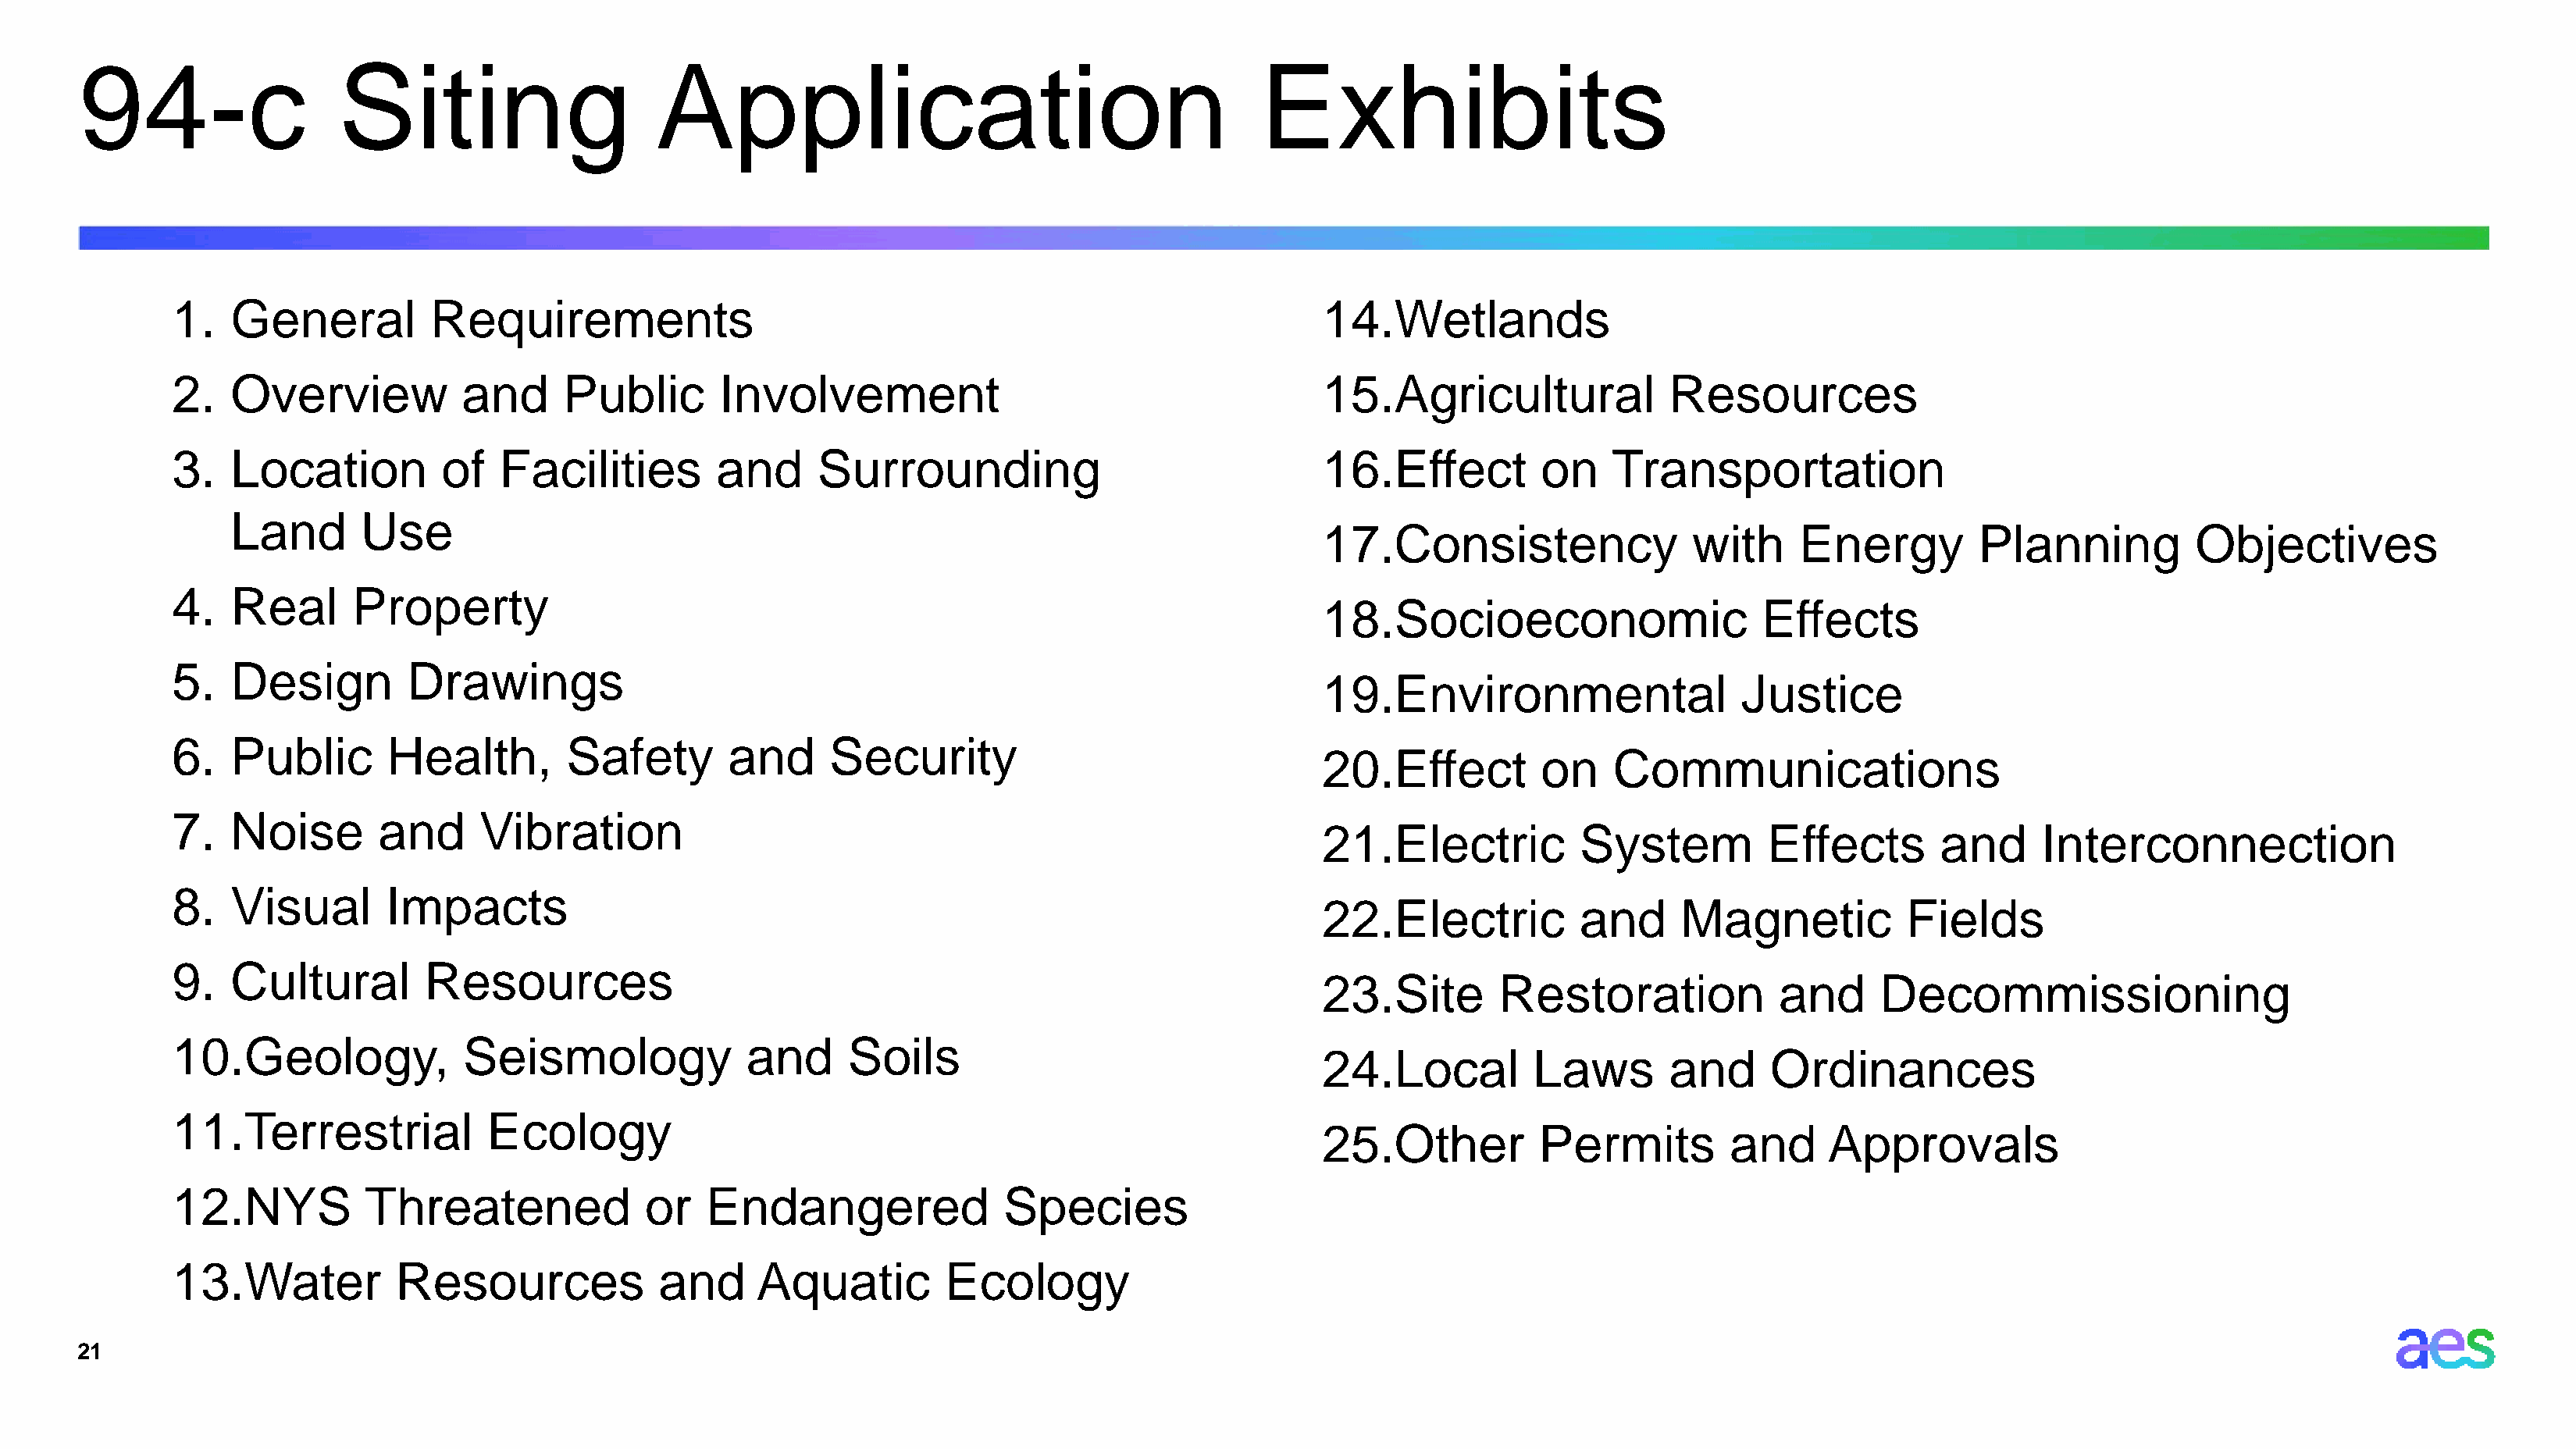
94-c                  Siting                     Application                                        Exhibits
 1.   General         Requirements                                                                14.Wetlands
 2.   Overview           and      Public       Involvement                                        15.Agricultural              Resources
 3.   Location         of   Facilities         and     Surrounding                                16.Effect          on    Transportation
 Land       Use
 17.Consistency                 with     Energy          Planning          Objectives
 4.   Real      Property
 18.Socioeconomic                     Effects
 5.   Design        Drawings
 19.Environmental                    Justice
 6.   Public       Health,        Safety        and     Security
 20.Effect          on    Communications
 7.   Noise       and      Vibration
 21.Electric           System          Effects       and      Interconnection
 8.   Visual       Impacts
 22.Electric           and     Magnetic            Fields
 9.   Cultural        Resources
 23.Site        Restoration             and     Decommissioning
 10.Geology,             Seismology              and      Soils
 24.Local          Laws       and      Ordinances
 11.Terrestrial            Ecology
 25.Other          Permits          and     Approvals
 12.NYS          Threatened              or   Endangered               Species
 13.Water           Resources             and     Aquatic         Ecology
 21